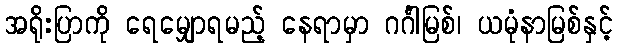
အရိုးပြာကို ရေမျှောရမည့် နေရာမှာ ဂင်္ဂါမြစ်၊ ယမုံနာမြစ်နှင့်